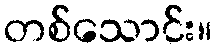
တစ်သောင်း။